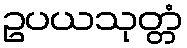
ဥပယသုတ္တံ